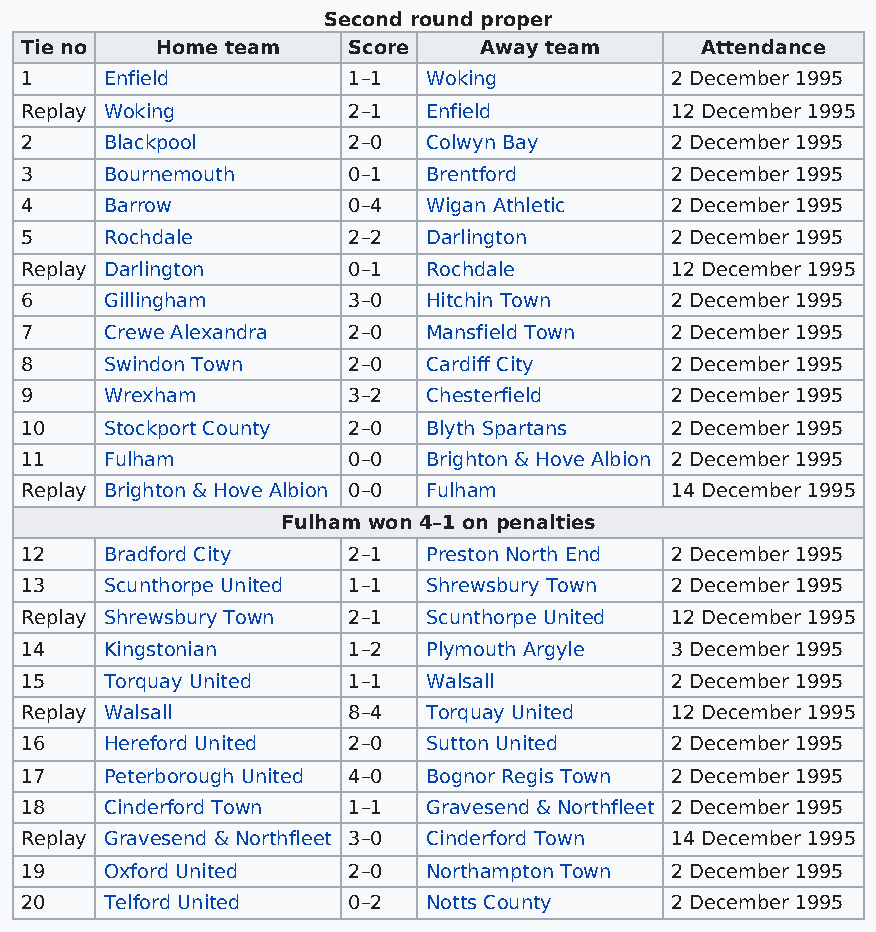
Second round proper
 Tie no   Home team    Score    Away team     Attendance
 1     Enfield         1–1  Woking          2 December 1995
 Replay Woking         2–1  Enfield         12 December 1995
 2     Blackpool       2–0  Colwyn Bay      2 December 1995
 3     Bournemouth     0–1  Brentford       2 December 1995
 4     Barrow          0–4  Wigan Athletic  2 December 1995
 5     Rochdale        2–2  Darlington      2 December 1995
 Replay Darlington     0–1  Rochdale        12 December 1995
 6     Gillingham      3–0  Hitchin Town    2 December 1995
 7     Crewe Alexandra 2–0  Mansfield Town  2 December 1995
 8     Swindon Town    2–0  Cardiff City    2 December 1995
 9     Wrexham         3–2  Chesterfield    2 December 1995
 10    Stockport County 2–0 Blyth Spartans  2 December 1995
 11    Fulham          0–0  Brighton & Hove Albion 2 December 1995
 Replay Brighton & Hove Albion 0–0 Fulham   14 December 1995
 Fulham won 4–1 on penalties
 12    Bradford City   2–1  Preston North End 2 December 1995
 13    Scunthorpe United 1–1 Shrewsbury Town 2 December 1995
 Replay Shrewsbury Town 2–1 Scunthorpe United 12 December 1995
 14    Kingstonian     1–2  Plymouth Argyle 3 December 1995
 15    Torquay United  1–1  Walsall         2 December 1995
 Replay Walsall        8–4  Torquay United  12 December 1995
 16    Hereford United 2–0  Sutton United   2 December 1995
 17    Peterborough United 4–0 Bognor Regis Town 2 December 1995
 18    Cinderford Town 1–1  Gravesend & Northfleet 2 December 1995
 Replay Gravesend & Northfleet 3–0 Cinderford Town 14 December 1995
 19    Oxford United   2–0  Northampton Town 2 December 1995
 20    Telford United  0–2  Notts County    2 December 1995